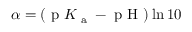
\alpha = ( \textrm { p } K _ { \textrm { a } } - \textrm { p H } ) \ln 1 0